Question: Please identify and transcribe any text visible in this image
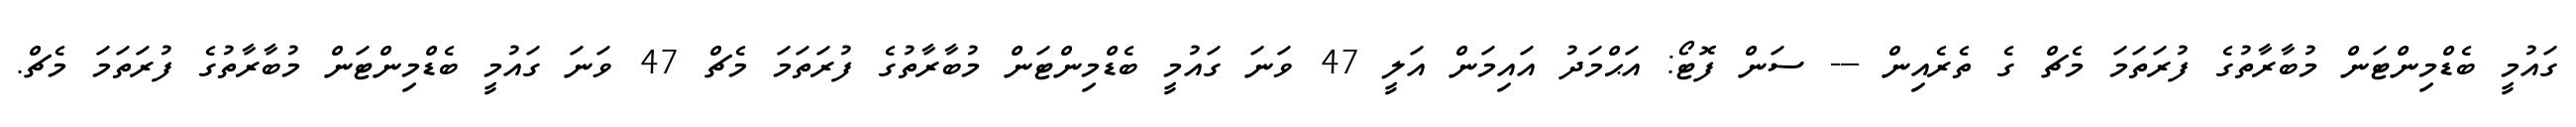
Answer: ގައުމީ ބެޑްމިންޓަން މުބާރާތުގެ ފުރަތަމަ މެޗް ގެ ތެރެއިން --- ސަން ފޮޓޯ: އަޙްމަދު އައިމަން އަލީ 47 ވަނަ ގައުމީ ބެޑްމިންޓަން މުބާރާތުގެ ފުރަތަމަ މެޗް 47 ވަނަ ގައުމީ ބެޑްމިންޓަން މުބާރާތުގެ ފުރަތަމަ މެޗް.